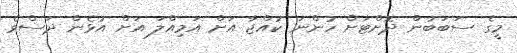
މީގެ ސަބަބުން ދޮށްޓަށް ހުންނަ ކުއްޖާ އަށް އަމިއްލަ އަށް އުޅެން ދަސްވެ